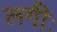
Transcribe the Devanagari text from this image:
लगीः